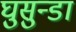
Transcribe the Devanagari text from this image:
घुसुन्डा